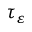
\tau _ { \varepsilon }